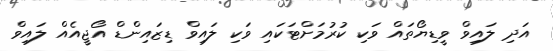
އަދި ލައިވް ވީޑިޔޯތައް ވަކި ކުރުމަށްޓަކައި ވަކި ލައިވް ޑިޒައިންޑް އޯޖީއެއް ލައިވް